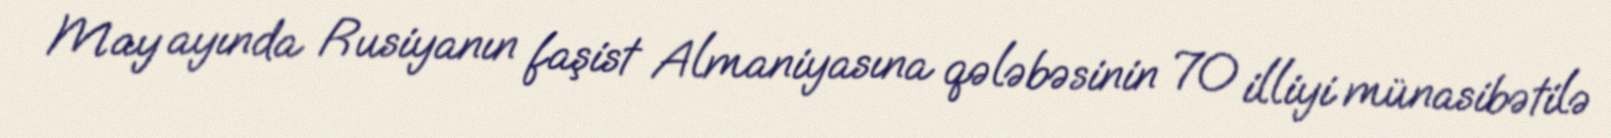
May ayında Rusiyanın faşist Almaniyasına qələbəsinin 70 illiyi münasibətilə